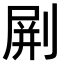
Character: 𠝭